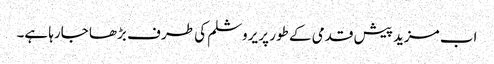
اب مزید پیش قدمی کے طور پر یروشلم کی طر ف بڑھا جارہا ہے۔